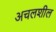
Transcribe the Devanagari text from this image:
अचलशील